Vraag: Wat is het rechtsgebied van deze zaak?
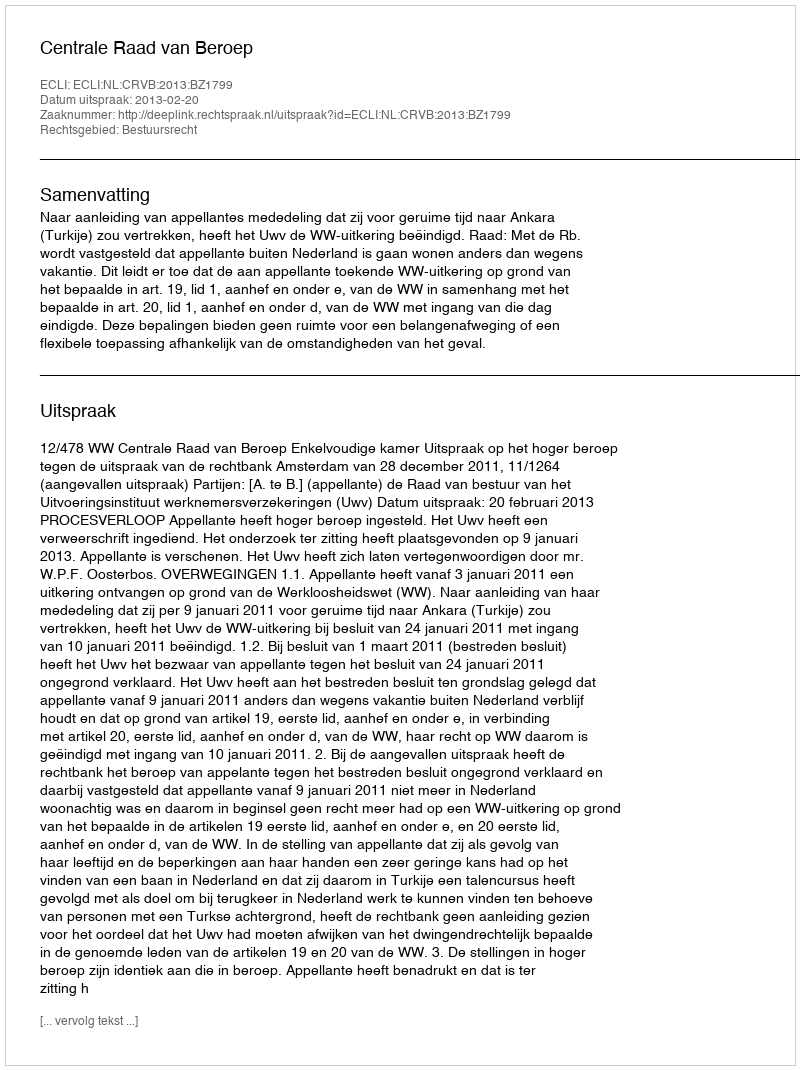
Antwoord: Bestuursrecht